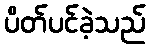
ပိတ်ပင်ခဲ့သည်